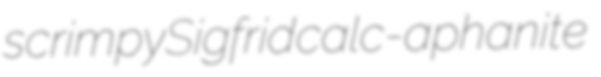
scrimpy Sigfrid calc-aphanite